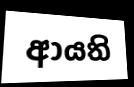
ආයති